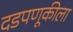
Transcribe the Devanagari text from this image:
दडपणूकीला